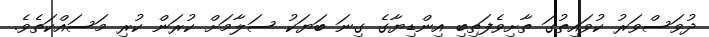
ދުވަސްވަރު ކުވައިތުގަ ތާށިވެފަތިބި އިންޑިޔާގެ ގިނަ ބަޔަކު ސަލާމަށް ކުރަން ކުރި މަސައްކަތެވެ.